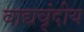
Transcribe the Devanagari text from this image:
वाद्यवृंदीय